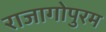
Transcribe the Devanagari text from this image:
राजागोपुरम